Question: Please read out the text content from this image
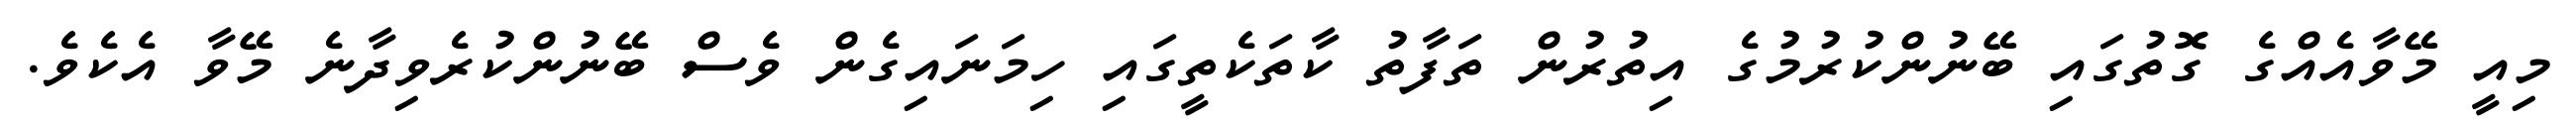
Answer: މިއީ މޭވާއެއްގެ ގޮތުގައި ބޭނުންކުރުމުގެ އިތުރުން ތަފާތު ކާތަކެތީގައި ހިމަނައިގެން ވެސް ބޭނުންކުރެވިދާނެ މޭވާ އެކެވެ.